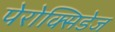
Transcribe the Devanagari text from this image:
पेरोक्सिडेज